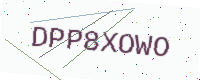
Text: DPP8XOWO